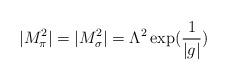
LaTeX: \begin{align*}|M_{\pi}^2| = |M_{\sigma}^2| = \Lambda^2 \exp ( \frac{1}{|g|}) \end{align*}